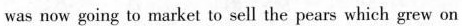
was now going to market to sell the pears which grew on